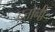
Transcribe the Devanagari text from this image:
दत्तोनी